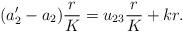
LaTeX: \begin{align*}(a_2'-a_2)\frac{r}{K}=u_{23}\frac{r}{K}+kr.\end{align*}